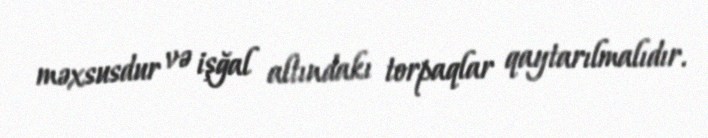
məxsusdur və işğal altındakı torpaqlar qaytarılmalıdır.